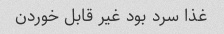
غذا سرد بود غیر قابل خوردن